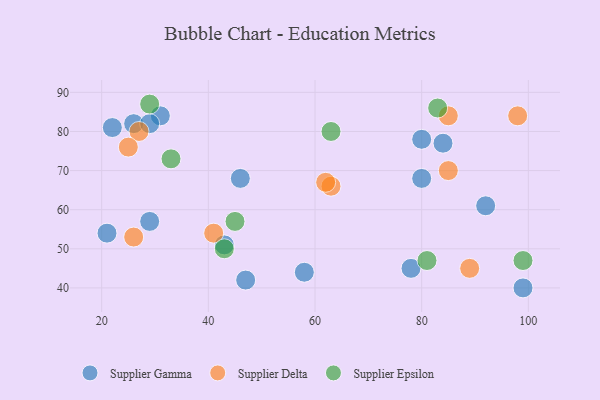
{"axis": {"x": "GDP", "y": "Life Expectancy"}, "legend": ["Supplier Delta", "Supplier Epsilon", "Supplier Gamma"], "data": [{"x": "22", "y": 81, "type": "Supplier Gamma"}, {"x": "99", "y": 40, "type": "Supplier Gamma"}, {"x": "92", "y": 61, "type": "Supplier Gamma"}, {"x": "80", "y": 68, "type": "Supplier Gamma"}, {"x": "46", "y": 68, "type": "Supplier Gamma"}, {"x": "78", "y": 45, "type": "Supplier Gamma"}, {"x": "47", "y": 42, "type": "Supplier Gamma"}, {"x": "80", "y": 78, "type": "Supplier Gamma"}, {"x": "43", "y": 51, "type": "Supplier Gamma"}, {"x": "29", "y": 57, "type": "Supplier Gamma"}, {"x": "21", "y": 54, "type": "Supplier Gamma"}, {"x": "31", "y": 84, "type": "Supplier Gamma"}, {"x": "26", "y": 82, "type": "Supplier Gamma"}, {"x": "84", "y": 77, "type": "Supplier Gamma"}, {"x": "58", "y": 44, "type": "Supplier Gamma"}, {"x": "29", "y": 82, "type": "Supplier Gamma"}, {"x": "41", "y": 54, "type": "Supplier Delta"}, {"x": "85", "y": 84, "type": "Supplier Delta"}, {"x": "27", "y": 80, "type": "Supplier Delta"}, {"x": "85", "y": 70, "type": "Supplier Delta"}, {"x": "63", "y": 66, "type": "Supplier Delta"}, {"x": "98", "y": 84, "type": "Supplier Delta"}, {"x": "25", "y": 76, "type": "Supplier Delta"}, {"x": "62", "y": 67, "type": "Supplier Delta"}, {"x": "26", "y": 53, "type": "Supplier Delta"}, {"x": "89", "y": 45, "type": "Supplier Delta"}, {"x": "29", "y": 87, "type": "Supplier Epsilon"}, {"x": "81", "y": 47, "type": "Supplier Epsilon"}, {"x": "63", "y": 80, "type": "Supplier Epsilon"}, {"x": "99", "y": 47, "type": "Supplier Epsilon"}, {"x": "33", "y": 73, "type": "Supplier Epsilon"}, {"x": "45", "y": 57, "type": "Supplier Epsilon"}, {"x": "83", "y": 86, "type": "Supplier Epsilon"}, {"x": "43", "y": 50, "type": "Supplier Epsilon"}]}